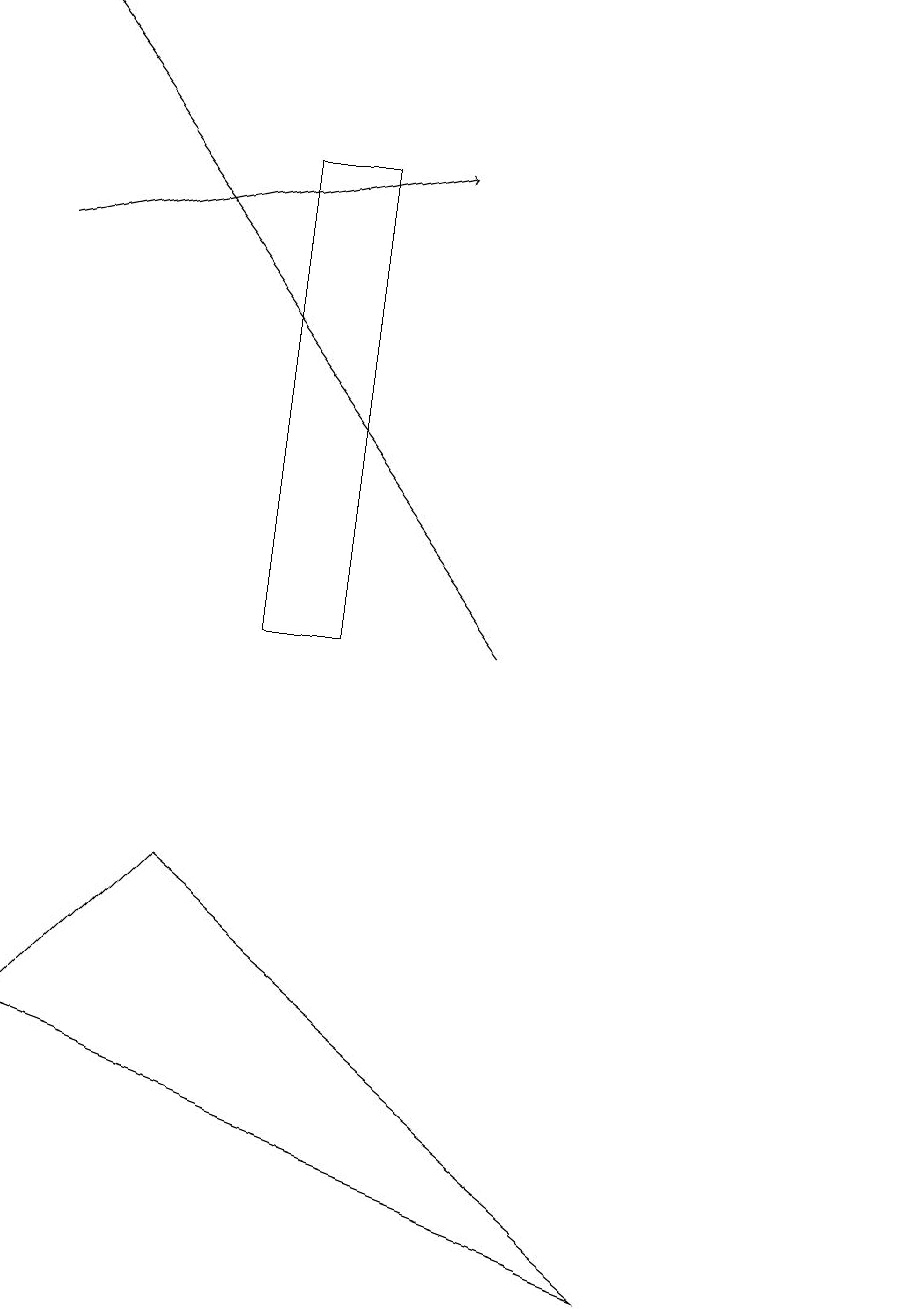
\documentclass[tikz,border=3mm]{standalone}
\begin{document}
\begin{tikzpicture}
\draw (8,3) -- (2,8) -- (0,6) -- cycle;
\draw (4,11) rectangle (3,17);
\draw[->] (0,16) -- (5,17);
\draw (11,11) circle (0);
\draw[->] (6,11) -- (0,19);
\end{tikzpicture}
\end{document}